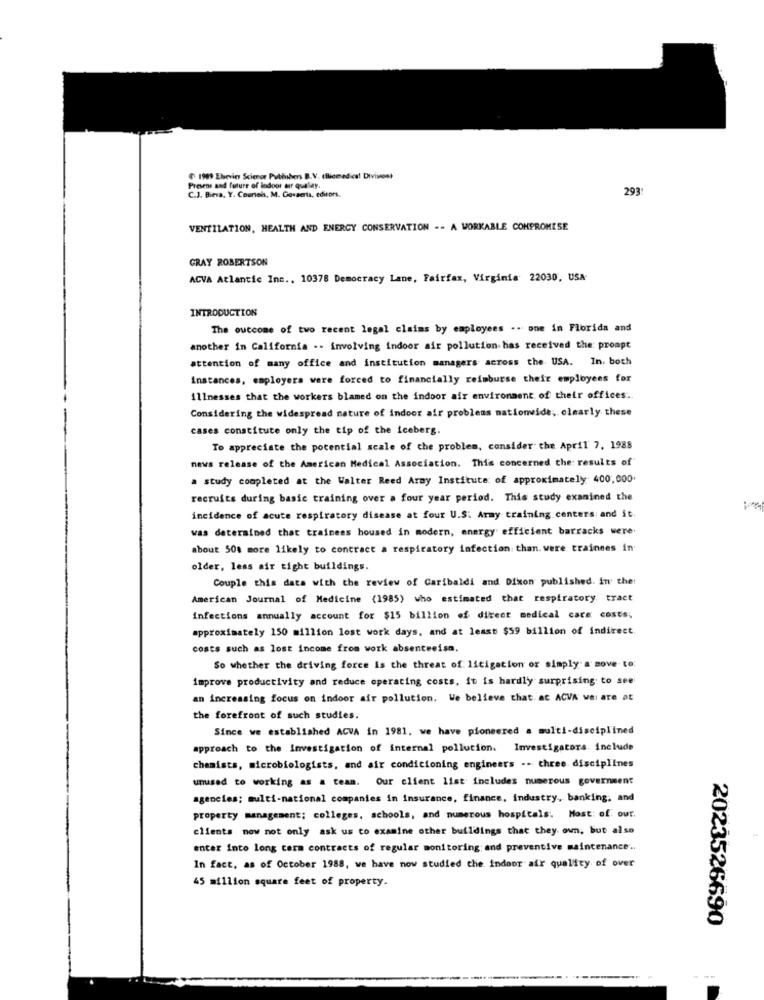
( 1989 Ebsevin Science Publishers B.V. (Biomedical Divivost
Present and future of lodoor an quelay.
2931
C.J. Biera, Y. Counsels, M. Govaerts, editors.
VENTILATION, HEALTH AND ENERGY CONSERVATION -- A WORKABLE COMPROMISE
GRAY ROBERTSON
ACVA Atlantic Inc ., 10378 Democracy Lane, Fairfax, Virginia 22030, USA-
INTRODUCTION
The outcome of two recent legal claims by employees .. one in Florida and
another in California .. involving indoor air pollution has received the prompt
attention of many office and institution managers across the USA. In. both
instances, employers were forced to financially reimburse their employees for
illnesses that the workers blamed on the indoor air environment of their offices ..
Considering the widespread nature of indoor air problems nationwide, clearly these
cases constitute only the tip of the iceberg.
To appreciate the potential scale of the problem, consider the April 7, 1988
news release of the American Medical Association. This concerned the: results of
a study completed at the Walter Reed Aray Institute of approximately 400,000.
recruits during basic training over a four year period. This study examined the
incidence of acute respiratory disease at four U.S. Army training centers: and it.
was determined that trainees housed in modern, energy efficient barracks were.
about 50% more likely to contract a respiratory infection than. were trainees in
older, less air tight buildings.
Couple this data with the review of Garibaldi and Dixon published. in the:
American Journal of Medicine (1985) who estimated that respiratory tract
infections annually account for $15 billion of direct medical care costs.
approximately 150 million lost work days, and at least $59 billion of indirect.
costs such as lost income from work absenteeisa.
So whether the driving force is the threat of litigation or simply a move to:
improve productivity and reduce operating costs, it is hardly surprising to see
an increasing focus on indoor air pollution. We believe that. ac ACVA wai are at
the forefront of such studies.
Since we established ACVA in 1981, we have pioneered a multi-disciplined
approach to the Investigation of internal pollution. Investigators. include
chemists, microbiologists, and air conditioning engineers .. three disciplines
unused to working as = team. Our client list includes numerous government
agencies; multi-national companies in insurance, finance, industry, banking, and
property management; colleges, schools, and numerous hospitals. Host: of our.
clients now not only ask us to examine other buildings that they own, but also
enter into long term contracts of regular monitoring; and preventive maintenance ..
In fact, as of October 1988, we have now studied the indoor air quality of over
45 million square feet of property.
2023526690